Report of the Municipal Commissioner on the plague in Bombay for the year ending 31st May... - Volume 2
Disease focus: Plague
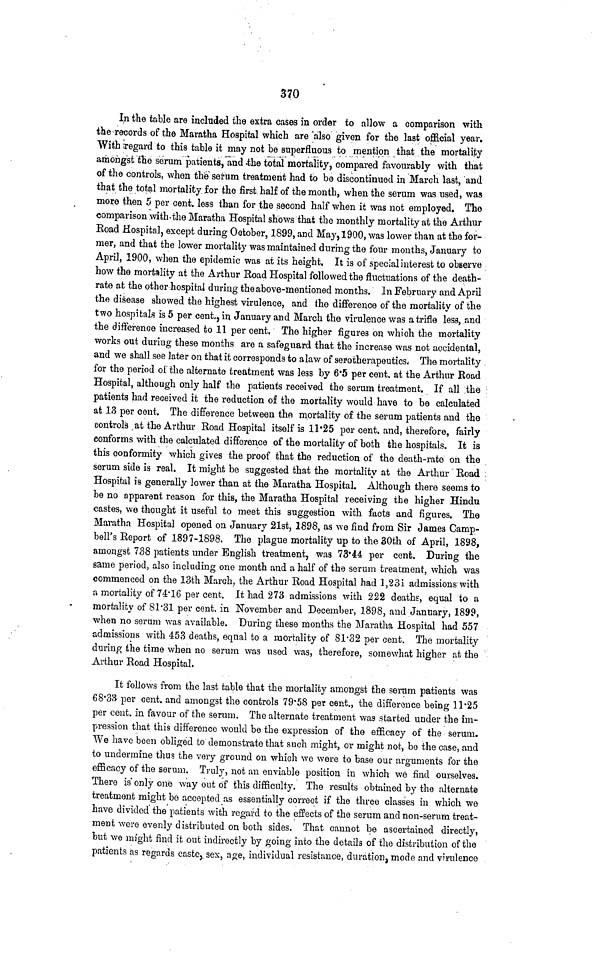
370
In the table are included the extra cases in order to allow a comparison with
the records of the Maratha Hospital which are also given for the last official year.
With regard to this table it may not be superfluous to mention that the mortality
amongst the serum patients, and the total mortality, compared favourably with that
of the controls, when the serum treatment had to be discontinued in March last, and
that the total mortality for the first half of the month, when the serum was used, was
more then 5 per cent. less than for the second half when it was not employed. The
comparison with the Maratha Hospital shows that the monthly mortality at the Arthur
Road Hospital, except during October, 1899, and May,1900, was lower than at the for-
mer, and that the lower mortality was maintained during the four months, January to
April, 1900, when the epidemic was at its height. It is of special interest to observe
how the mortality at the Arthur Road Hospital followed the fluctuations of the death-
rate at the other hospital during the above-mentioned months. In February and April
the disease showed the highest virulence, and the difference of the mortality of the
two hospitals is 5 per cent., in January and March the virulence was a trifle less, and
the difference increased to 11 per cent. The higher figures on which the mortality
works out during these months are a safeguard that the increase was not accidental,
and we shall see later on that it corresponds to a law of serotherapeutics. The mortality
for the period of the alternate treatment was less by 6.5 per cent. at the Arthur Road
Hospital, although only half the patients received the serum treatment. If all the
patients had received it the reduction of the mortality would have to be calculated
at 13 per cent. The difference between the mortality of the serum patients and the
controls at the Arthur Road Hospital itself is 11.25 per cent. and, therefore, fairly
conforms with the calculated difference of the mortality of both the hospitals. It is
this conformity which gives the proof that the reduction of the death-rate on the
serum side is real. It might be suggested that the mortality at the Arthur Road
Hospital is generally lower than at the Maratha Hospital. Although there seems to
be no apparent reason for this, the Maratha Hospital receiving the higher Hindu
castes, we thought it useful to meet this suggestion with facts and figures. The
Maratha Hospital opened on January 21st, 1898, as we find from Sir James Camp-
bell's Report of 1897-1898. The plague mortality up to the 30th of April, 1898,
amongst 738 patients under English treatment, was 73.44 per cent. During the
same period, also including one month and a half of the serum treatment, which was
commenced on the 13th March, the Arthur Road Hospital had l,23i admissions with
a mortality of 74.16 per cent. It had 273 admissions with 222 deaths, equal to a
mortality of 81.31 per cent. in November and December, 1898, and January, 1899,
when no serum was available. During these months the Maratha Hospital had 557
admissions with 453 deaths, equal to a mortality of 81.32 per cent. The mortality
during the time when no serum was used was, therefore, somewhat higher at the
Arthur Road Hospital.
It follows from the last table that the mortality amongst the serum patients was
68.33 per cent. and amongst the controls 79.58 per cent., the difference being 11.25
per cent. in favour of the serum. The alternate treatment was started under the im-
pression that this difference would be the expression of the efficacy of the serum.
We have been obliged to demonstrate that such might, or might not, be the case, and
to undermine thus the very ground on which we were to base our arguments for the
efficacy of the serum. Truly, not an enviable position in which we find ourselves.
There is only one way out of this difficulty. The results obtained by the alternate
treatment might be accepted as essentially correct if the three classes in which we
have divided the patients with regard to the effects of the serum and non-serum treat-
ment were evenly distributed on both sides. That cannot be ascertained directly,
but we might find it out indirectly by going into the details of the distribution of the
patients as regards caste, sex, age, individual resistance, duration, mode and virulence